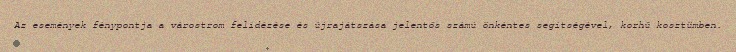
Az események fénypontja a várostrom felidézése és újrajátszása jelentős számú önkéntes segítségével, korhű kosztümben.